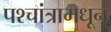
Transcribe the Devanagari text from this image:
पश्चांत्रामधून